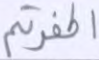
أكفرتم